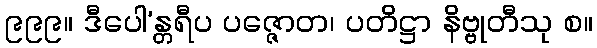
၉၉၉။ ဒီပေါ’န္တရီပ ပဇ္ဇောတ၊ ပတိဋ္ဌာ နိဗ္ဗုတီသု စ။